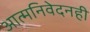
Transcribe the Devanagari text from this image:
आत्मनिवेदनही